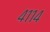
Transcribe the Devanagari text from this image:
४११४